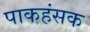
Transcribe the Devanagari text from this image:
पाकहंसक